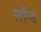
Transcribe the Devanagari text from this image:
लॉग्ड